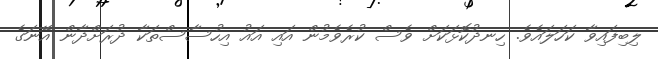
ލިބިފައިވާ ކަހަލައެވެ. ހިނދުކޮޅަކަށް ވެސް ކުރެވެމުން އައި އައު އިހުސާސްތަކާ ދުރަށްދާން އޭނަގެ